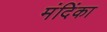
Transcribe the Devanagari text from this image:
मंदिंका